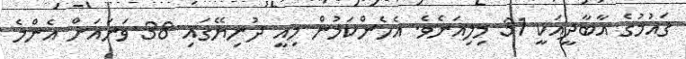
ޤައުމުގެ އާބާދީއަކީ 31 މިލިއަނެވެ. އެހެންކަމުން މިއީ ދުނިޔޭގައި 38 ވަނައަށް އެންމެ